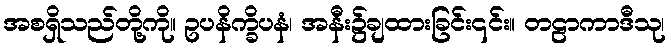
အစရှိသည်တို့ကို။ ဥပနိက္ခိပနံ၊ အနီး၌ချထားခြင်း၎င်း။ တဠာကာဒီသု၊